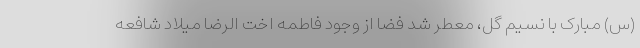
(س) مبارک با نسیم گل، معطر شد فضا از وجود فاطمه اخت الرضا میلاد شافعه